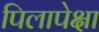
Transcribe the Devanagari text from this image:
पिलापेक्षा